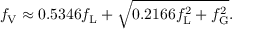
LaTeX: f _ { \mathrm { V } } \approx 0 . 5 3 4 6 f _ { \mathrm { L } } + { \sqrt { 0 . 2 1 6 6 f _ { \mathrm { L } } ^ { 2 } + f _ { \mathrm { G } } ^ { 2 } } } .